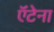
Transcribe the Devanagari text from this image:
ऍंटेना